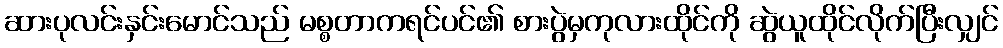
ဆားပုလင်းနှင်းမောင်သည် မစ္စတာကရင်ပင်၏ စားပွဲမှကုလားထိုင်ကို ဆွဲယူထိုင်လိုက်ပြီးလျှင်